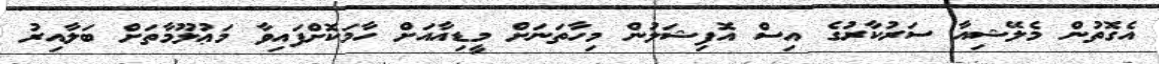
އެގޮތުން މެލޭޝިއާ ސަރުކާރުގެ އިސް އޮފިޝަލުން މިހާތަނަށް މީޑިއާއަށް ހާމަކޮށްފައިވާ މަޢުލޫމާތަށް ބަލާއިރު